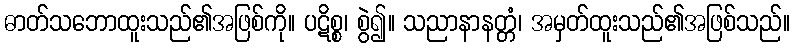
ဓာတ်သဘောထူးသည်၏အဖြစ်ကို။ ပဋိစ္စ၊ စွဲ၍။ သညာနာနတ္တံ၊ အမှတ်ထူးသည်၏အဖြစ်သည်။